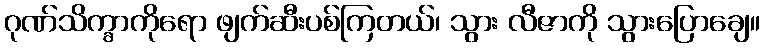
ဂုဏ်သိက္ခာကိုရော ဖျက်ဆီးပစ်ကြတယ်၊ သွား လီဇာကို သွားပြောချေ။